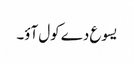
یسوع دے کول آؤ۔